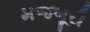
મજબૂરી